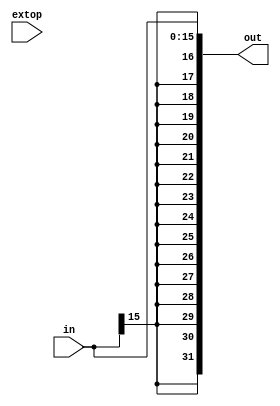
`timescale 1ns / 1ps

module EXT(
    in,
    extop,
    out
);

input [15:0]in;
input extop;

output [31:0]out;

assign out = {{16{in[15]}}, in[15:0]};

endmodule

//module tb();
//    reg [15:0]in;
//    wire [31:0]out;
    
//    initial begin
//        #10 in = 32767;
//        #10 in = 32768;
//    end
    
//    EXT EXT(
//        .in(in),
//        .out(out)
//    );
//endmodule